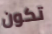
تكون